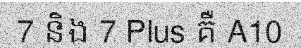
7 និង 7 Plus គឺ A10